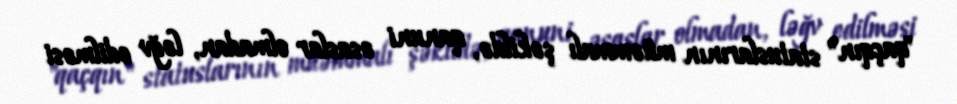
"qaçqın" statuslarının müəmmalı şəkildə, qanuni əsaslar olmadan, ləğv edilməsi